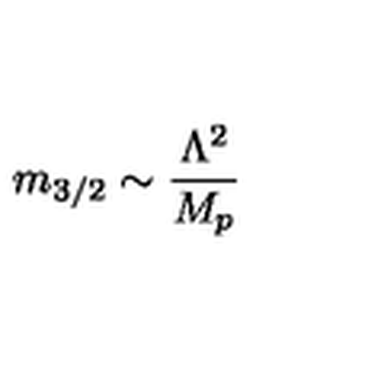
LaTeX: m _ { 3 / 2 } \sim \frac { \Lambda ^ { 2 } } { M _ { p } }